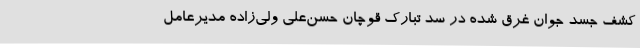
کشف جسد جوان غرق‌ شده در سد تبارک قوچان حسن‌علی ولی‌زاده مدیرعامل